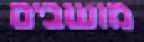
מושבים